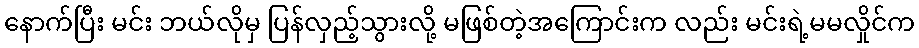
နောက်ပြီး မင်း ဘယ်လိုမှ ပြန်လှည့်သွားလို့ မဖြစ်တဲ့အကြောင်းက လည်း မင်းရဲ့မမလှိုင်က